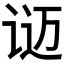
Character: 𬣴